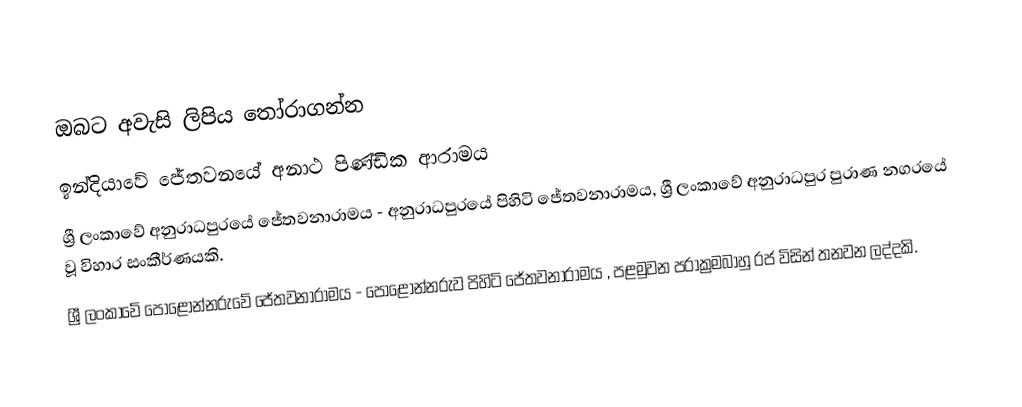
ඔබ‍‍ට අවැසි ලිපිය තෝරාගන්න
 ඉන්දියාවේ ජේතවනයේ අනාථ පිණ්ඩික ආරාමය
 ශ්‍රී ලංකාවේ අනුරාධපුරයේ ජේතවනාරාමය - අනුරාධපුරයේ පිහිටි ජේතවනාරාමය, ශ්‍රී ලංකාවේ අනුරාධපුර පුරාණ නගරයේ වූ විහාර සංකීර්ණයකි.
 ශ්‍රී ලංකාවේ පොළොන්නරුවේ ජේතවනාරාමය - පොළොන්නරුව පිහිටි ජේතවනාරාමය , පළමුවන පරාක්‍රමබාහු රජ විසින් තනවන ලද්දකි.